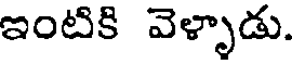
ఇంటికి వెళ్ళాడు.